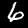
Label: 6